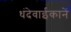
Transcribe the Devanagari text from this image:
धंदेवाईकानें